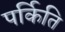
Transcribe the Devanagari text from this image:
पर्किति